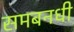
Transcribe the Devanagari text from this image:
समबनधी